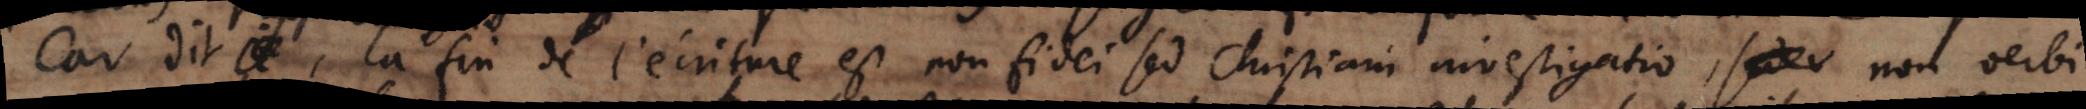
car dit , la fin de l’ecriture est non fidei sed Christiani investigatio, non verbi